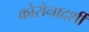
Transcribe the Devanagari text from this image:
कोरोनादर्शी